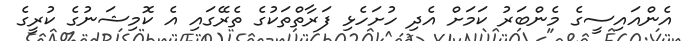
އެންއައިސީގެ މެންބަރު ކަމަށް އެދި ހުށަހެޅި ފަރާތްތަކުގެ ތެރޭގައި އެ ކޮމިޝަނުގެ ކުރީގެ